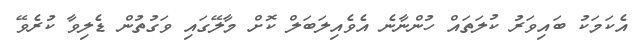
އެކަމަކު ބައިވަރު ކުލަތައް ހުންނާނެ އެވެއިލަބަލް ކޮށް މާލޭގައި ވަގުތުން ޑެލިވާ ކުރެވޭ